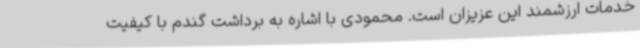
خدمات ارزشمند این عزیزان است. محمودی با اشاره به برداشت گندم با کیفیت